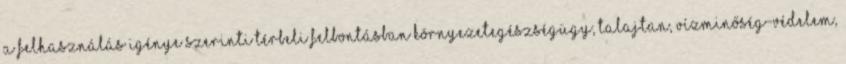
a felhasználás igénye szerinti térbeli felbontásban környezetegészségügy, talajtan, vízminőség-védelem,